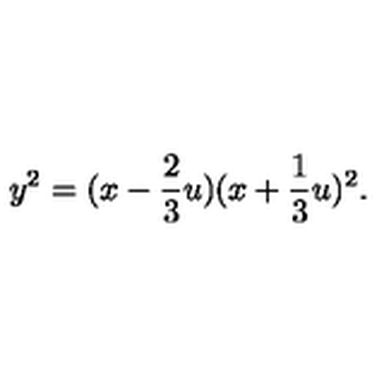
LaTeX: y ^ { 2 } = ( x - \frac { 2 } { 3 } u ) ( x + \frac { 1 } { 3 } u ) ^ { 2 } .